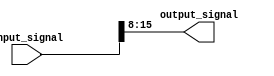
module bit_select_assign(
    input [31:0] input_signal,
    output reg [7:0] output_signal
);

always @(*) begin
    output_signal = input_signal[15:8]; // Selecting bits 15 to 8 from the input signal and assigning them to bits 7 to 0 of the output signal
end

endmodule